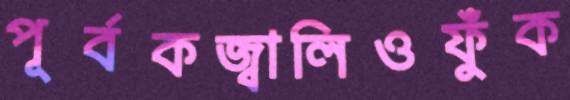
পূর্বকজ্বালিওফুঁক